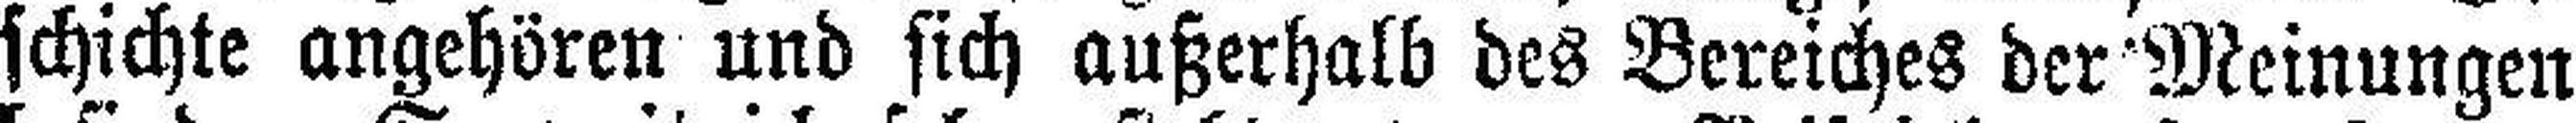
schichte angehören und sich außerhalb des Bereiches der Meinungen